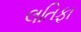
લતિફા